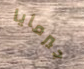
جيرمايا